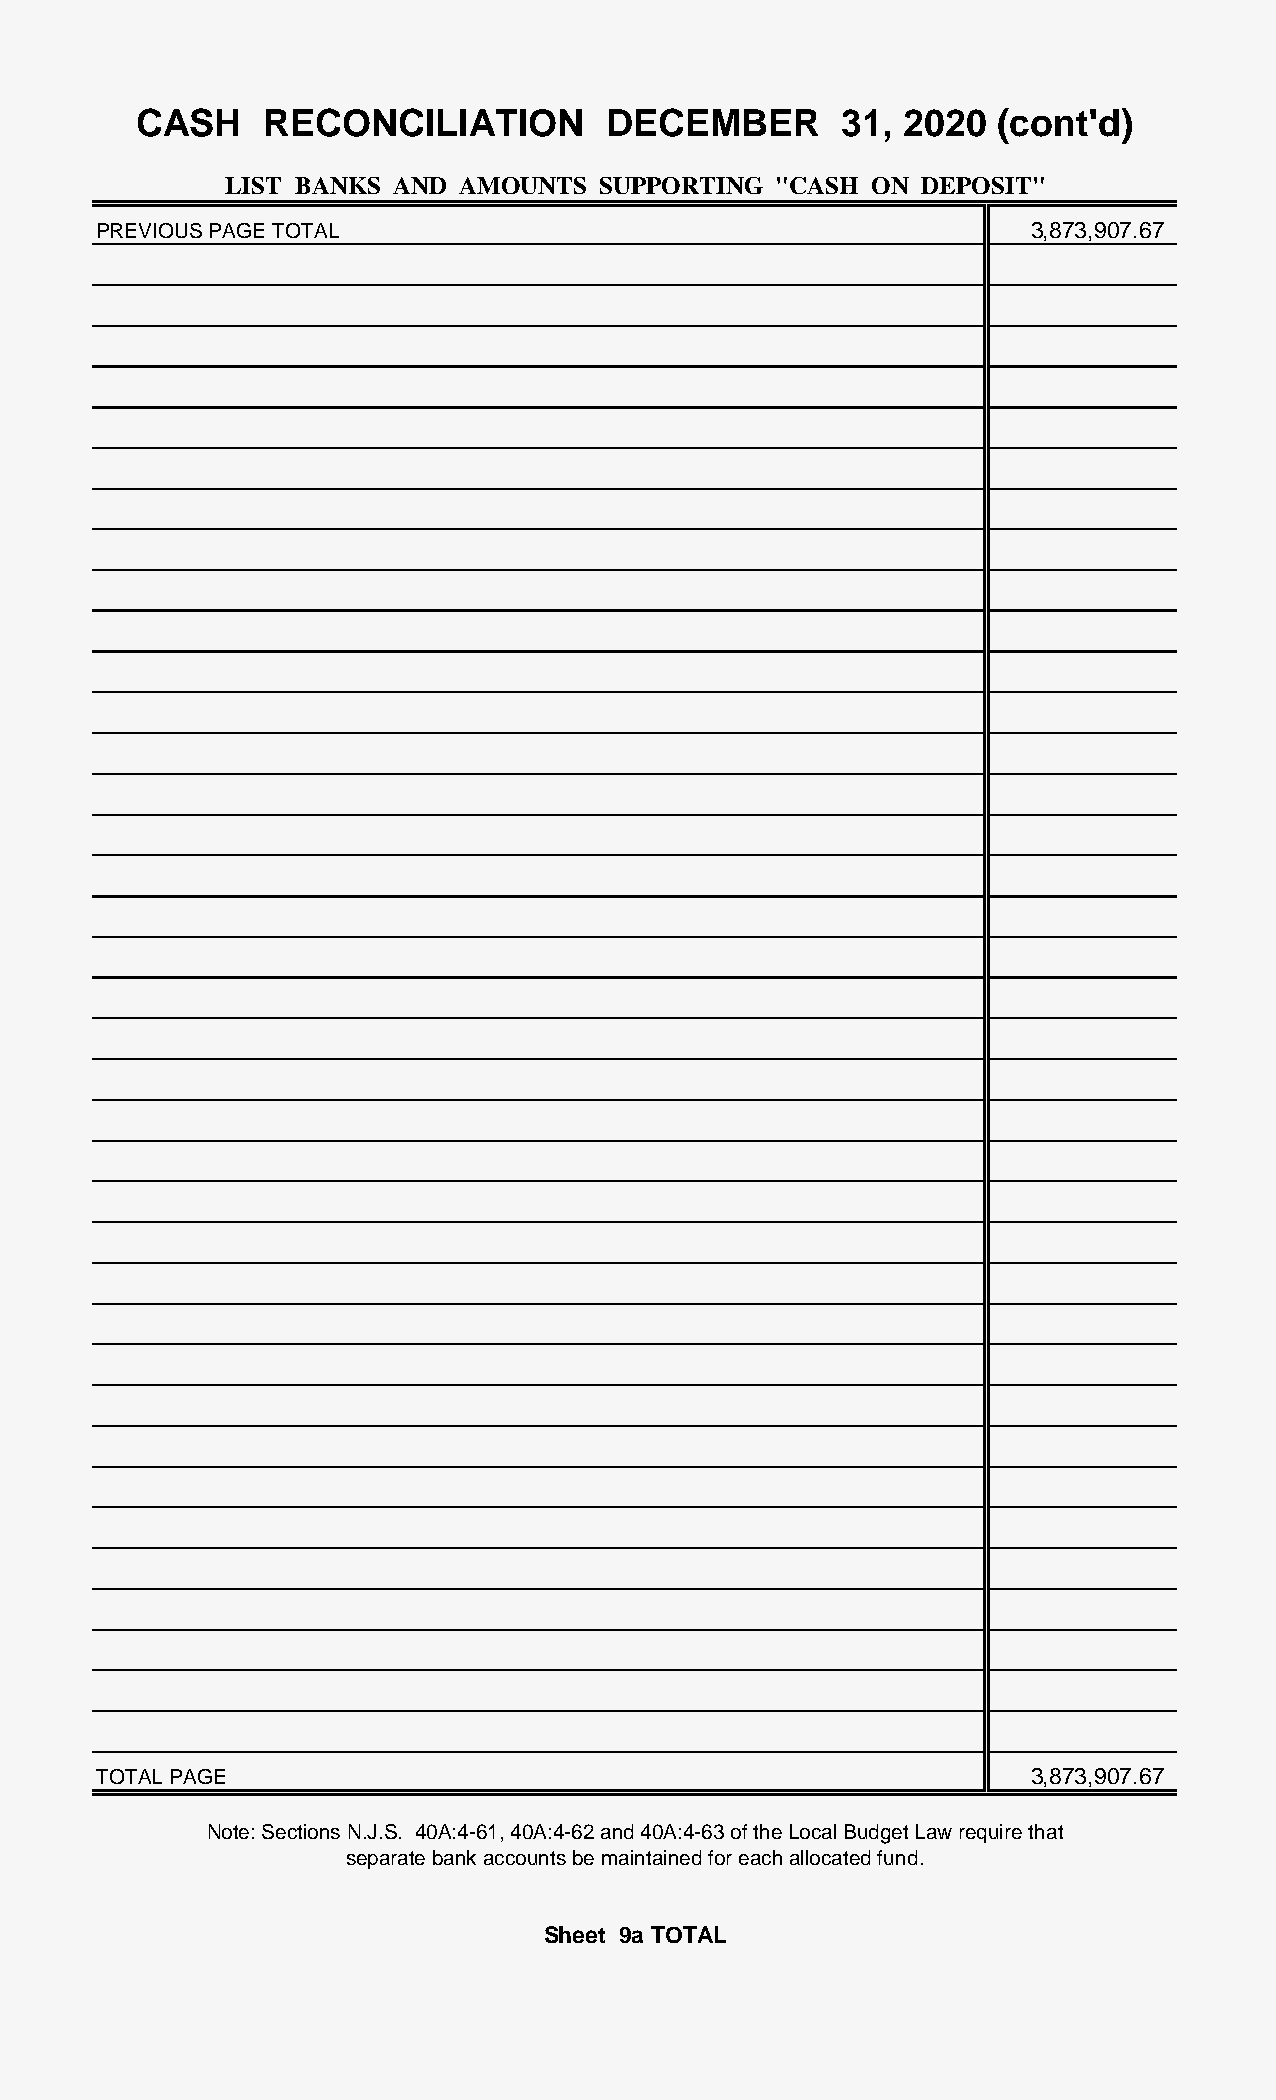
CASH    RECONCILIATION         DECEMBER       31, 2020   (cont'd)
 LIST BANKS AND AMOUNTS  SUPPORTING  "CASH ON  DEPOSIT"
 PREVIOUS PAGE TOTAL                                           3 ,873,907.67
 TOTAL PAGE                                                    3 ,873,907.67
 Note: Sections N.J.S. 40A:4-61, 40A:4-62 and 40A:4-63 of the Local Budget Law require that
 separate bank accounts be maintained for each allocated fund.
 Sheet 9a TOTAL